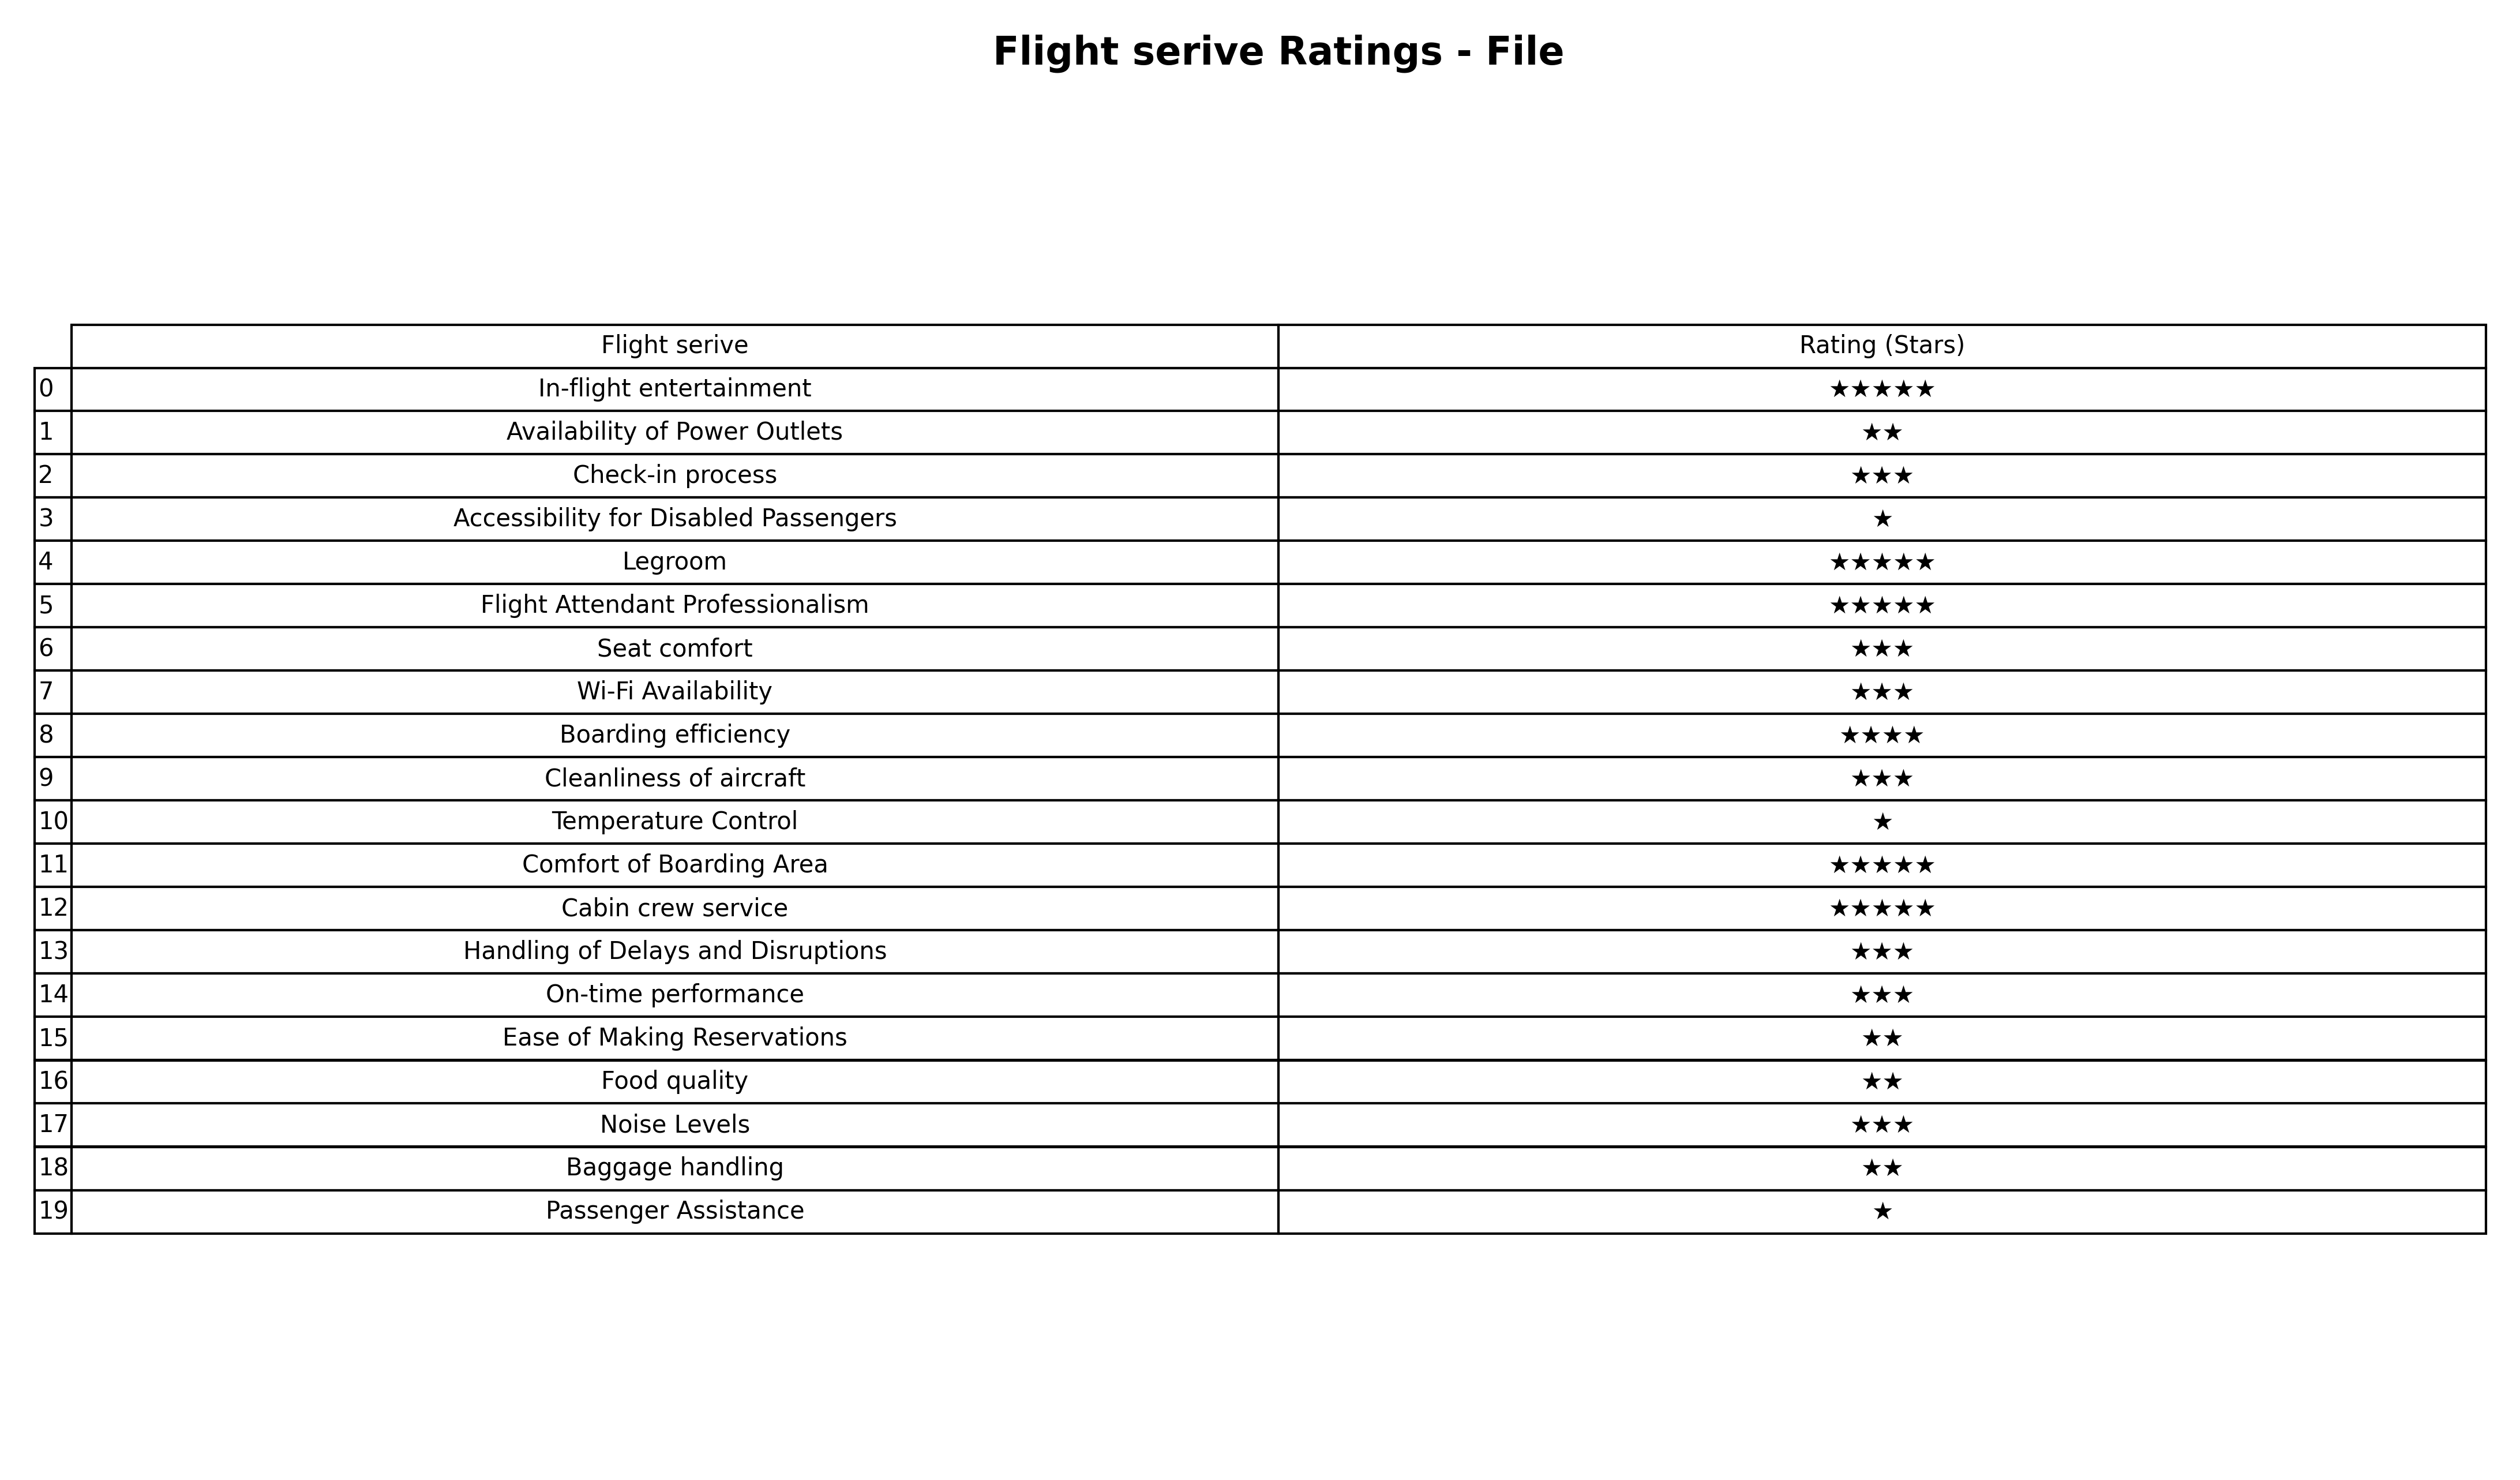
question: What are highest rating services?
answer: Check-in processSeat comfortWi-Fi AvailabilityCleanliness of aircraftHandling of Delays and DisruptionsOn-time performanceNoise Levels